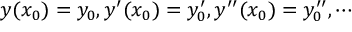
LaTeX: y ( x _ { 0 } ) = y _ { 0 } , y ^ { \prime } ( x _ { 0 } ) = y _ { 0 } ^ { \prime } , y ^ { \prime \prime } ( x _ { 0 } ) = y _ { 0 } ^ { \prime \prime } , \cdots